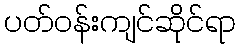
ပတ်ဝန်းကျင်ဆိုင်ရာ